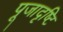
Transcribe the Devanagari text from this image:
पूजादृष्टि